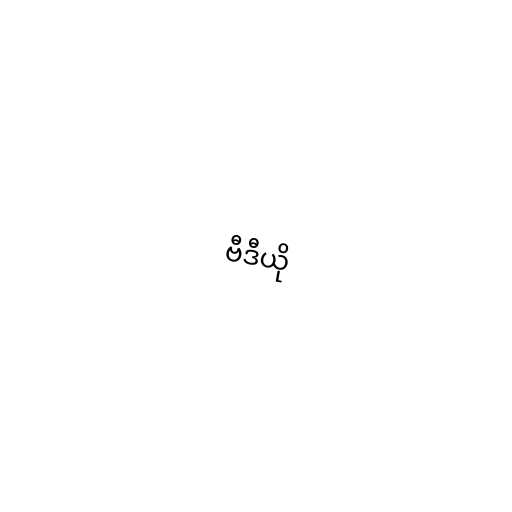
ဗီဒီယို